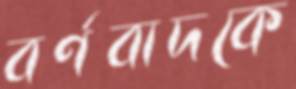
বর্ণবাদকে